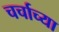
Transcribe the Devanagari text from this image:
चर्चाच्या